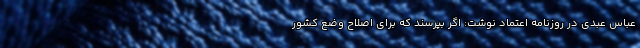
عباس عبدی در روزنامه اعتماد نوشت: اگر بپرسند كه براي اصلاح وضع كشور